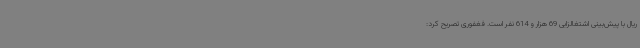
ریال با پیش‌بینی اشتغالزایی 69 هزار و 614 نفر است. فغفوری تصریح کرد: